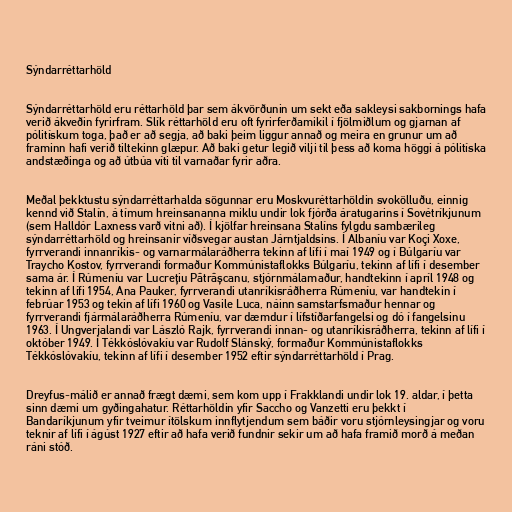
Sýndarréttarhöld

Sýndarréttarhöld eru réttarhöld þar sem ákvörðunin um sekt eða sakleysi sakbornings hafa
verið ákveðin fyrirfram. Slík réttarhöld eru oft fyrirferðamikil í fjölmiðlum og gjarnan af
pólitískum toga, það er að segja, að baki þeim liggur annað og meira en grunur um að
framinn hafi verið tiltekinn glæpur. Að baki getur legið vilji til þess að koma höggi á pólitíska
andstæðinga og að útbúa víti til varnaðar fyrir aðra.

Meðal þekktustu sýndarréttarhalda sögunnar eru Moskvuréttarhöldin svokölluðu, einnig
kennd við Stalín, á tímum hreinsananna miklu undir lok fjórða áratugarins í Sovétríkjunum
(sem Halldór Laxness varð vitni að). Í kjölfar hreinsana Stalíns fylgdu sambærileg
sýndarréttarhöld og hreinsanir víðsvegar austan Járntjaldsins. Í Albaníu var Koçi Xoxe,
fyrrverandi innanríkis- og varnarmálaráðherra tekinn af lífi í maí 1949 og í Búlgaríu var
Traycho Kostov, fyrrverandi formaður Kommúnistaflokks Búlgaríu, tekinn af lífi í desember
sama ár. Í Rúmeníu var Lucrețiu Pătrășcanu, stjórnmálamaður, handtekinn í apríl 1948 og
tekinn af lífi 1954, Ana Pauker, fyrrverandi utanríkisráðherra Rúmeníu, var handtekin í
febrúar 1953 og tekin af lífi 1960 og Vasile Luca, náinn samstarfsmaður hennar og
fyrrverandi fjármálaráðherra Rúmeníu, var dæmdur í lífstíðarfangelsi og dó í fangelsinu
1963. Í Ungverjalandi var László Rajk, fyrrverandi innan- og utanríkisráðherra, tekinn af lífi í
október 1949. Í Tékkóslóvakíu var Rudolf Slánský, formaður Kommúnistaflokks
Tékkóslóvakíu, tekinn af lífi í desember 1952 eftir sýndarréttarhöld í Prag.

Dreyfus-málið er annað frægt dæmi, sem kom upp í Frakklandi undir lok 19. aldar, í þetta
sinn dæmi um gyðingahatur. Réttarhöldin yfir Saccho og Vanzetti eru þekkt í
Bandaríkjunum yfir tveimur ítölskum innflytjendum sem báðir voru stjórnleysingjar og voru
teknir af lífi í ágúst 1927 eftir að hafa verið fundnir sekir um að hafa framið morð á meðan
ráni stóð.